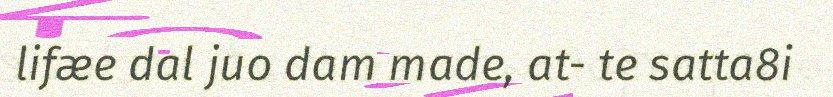
lifæe dal juo dam made, at- te satta8i